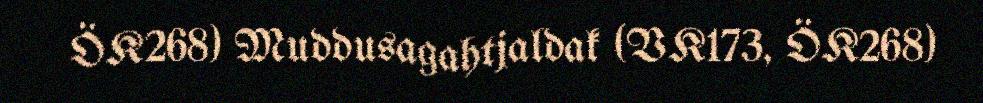
ÖK268) Muddusagahtjaldak (VK173, ÖK268)